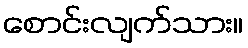
စောင်းလျက်သား။